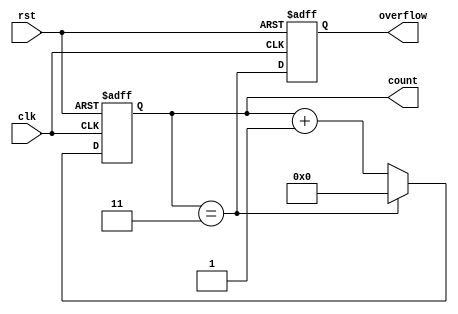
module divide_by_n_counter #(
    parameter N = 4 // You can change this parameter to set the value of N
)(
    input wire clk,      // Clock signal
    input wire rst,      // Asynchronous reset signal
    output reg [N-1:0] count, // Current count output
    output reg overflow   // Output signal that goes high when count reaches N
);

    // Internal counter register
    reg [N-1:0] next_count;

    // Always block for counter logic
    always @(posedge clk or posedge rst) begin
        if (rst) begin
            count <= 0; // Asynchronous reset
            overflow <= 0; // Reset overflow signal
        end else begin
            count <= next_count; // Update count to next count value
            overflow <= (count == (N - 1)); // Assert overflow when count reaches N-1
        end
    end

    // Always block for next count logic
    always @(*) begin
        if (count == (N - 1)) begin
            next_count = 0; // Reset next count to 0 if current count is N-1
        end else begin
            next_count = count + 1; // Increment count otherwise
        end
    end

endmodule